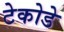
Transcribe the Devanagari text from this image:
टेकोडे